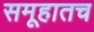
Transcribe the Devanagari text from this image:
समूहातच